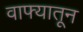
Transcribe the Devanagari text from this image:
वाफ्यातून